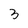
Character: 3